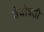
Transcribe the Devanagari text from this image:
तेजोवती